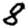
Digit: 8